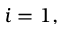
i = 1 ,